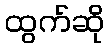
ထွက်ဆို